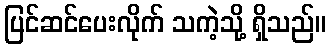
ပြင်ဆင်ပေးလိုက် သကဲ့သို့ ရှိသည်။